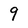
Character: 9